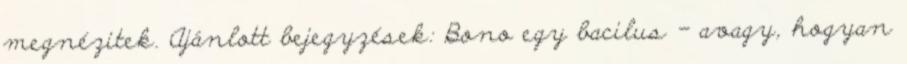
megnézitek. Ajánlott bejegyzések: Bono egy bacilus - avagy, hogyan